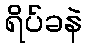
ရိပ်ခနဲ